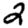
Digit: 2